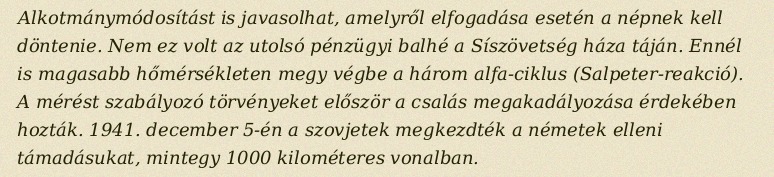
Alkotmánymódosítást is javasolhat, amelyről elfogadása esetén a népnek kell döntenie. Nem ez volt az utolsó pénzügyi balhé a Síszövetség háza táján. Ennél is magasabb hőmérsékleten megy végbe a három alfa-ciklus (Salpeter-reakció). A mérést szabályozó törvényeket először a csalás megakadályozása érdekében hozták. 1941. december 5-én a szovjetek megkezdték a németek elleni támadásukat, mintegy 1000 kilométeres vonalban.